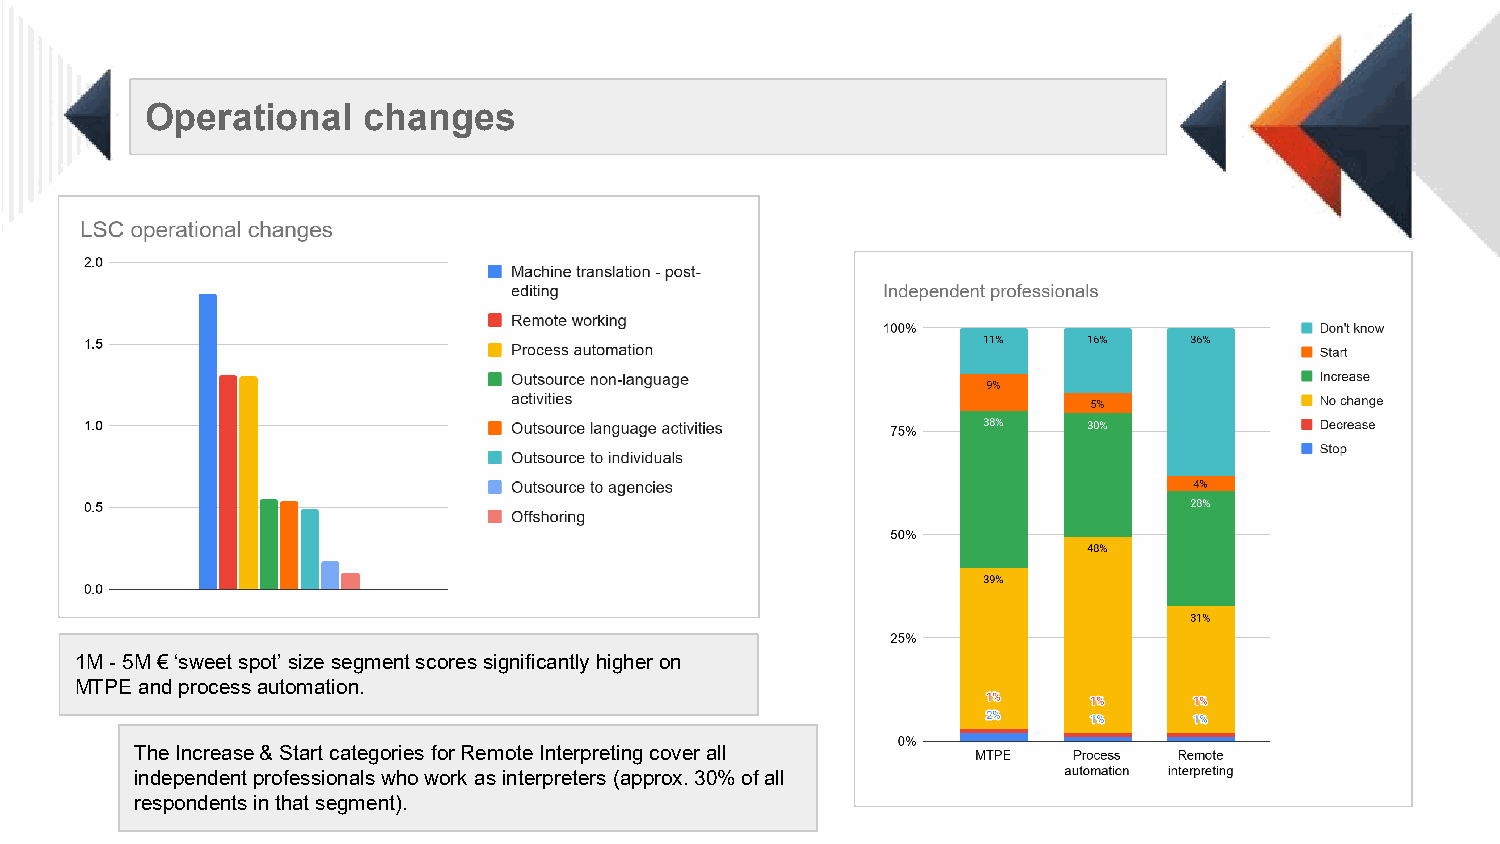
Operational   changes
 1M -5M € ‘sweet spot’ size segment scores significantly higher on
 MTPE and process automation.
 The Increase & Start categories for Remote Interpreting cover all
 independent professionals who work as interpreters (approx. 30% of all
 respondents in that segment).